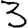
Digit: 3